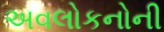
અવલોકનોની